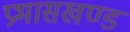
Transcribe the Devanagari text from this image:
प्रभासखण्ड